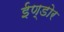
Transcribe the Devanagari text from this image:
ईण्डोर